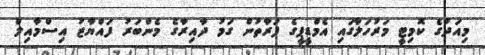
މިއަދުގެ ކޮމިޓީ މަރުހަލާގައި އެމްޑީޕީގެ ފަރާތުން ގަމު ދާއިރާގެ މެންބަރު ފައްޔާޒު އިސްމާއިލް